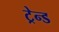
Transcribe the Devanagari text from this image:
ट्रेन्ड